Physiological action of certain drugs in tablet form - Number 52A
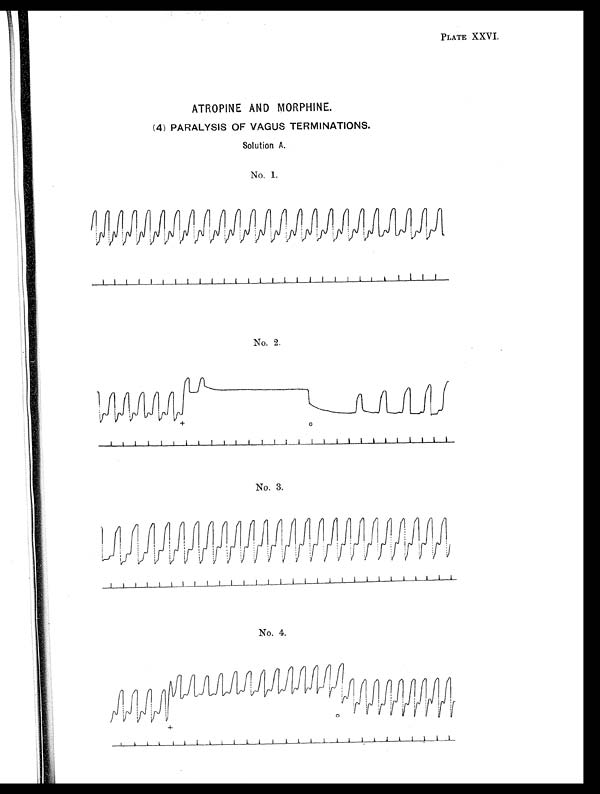
PLATE XXVI.
ATROPINE AND MORPHINE.
(4) PARALYSIS OF VAGUS TERMINATIONS.
Solution A.
No. 1.
No. 2.
No. 3.
No. 4.